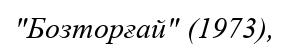
"Бозторғай" (1973),